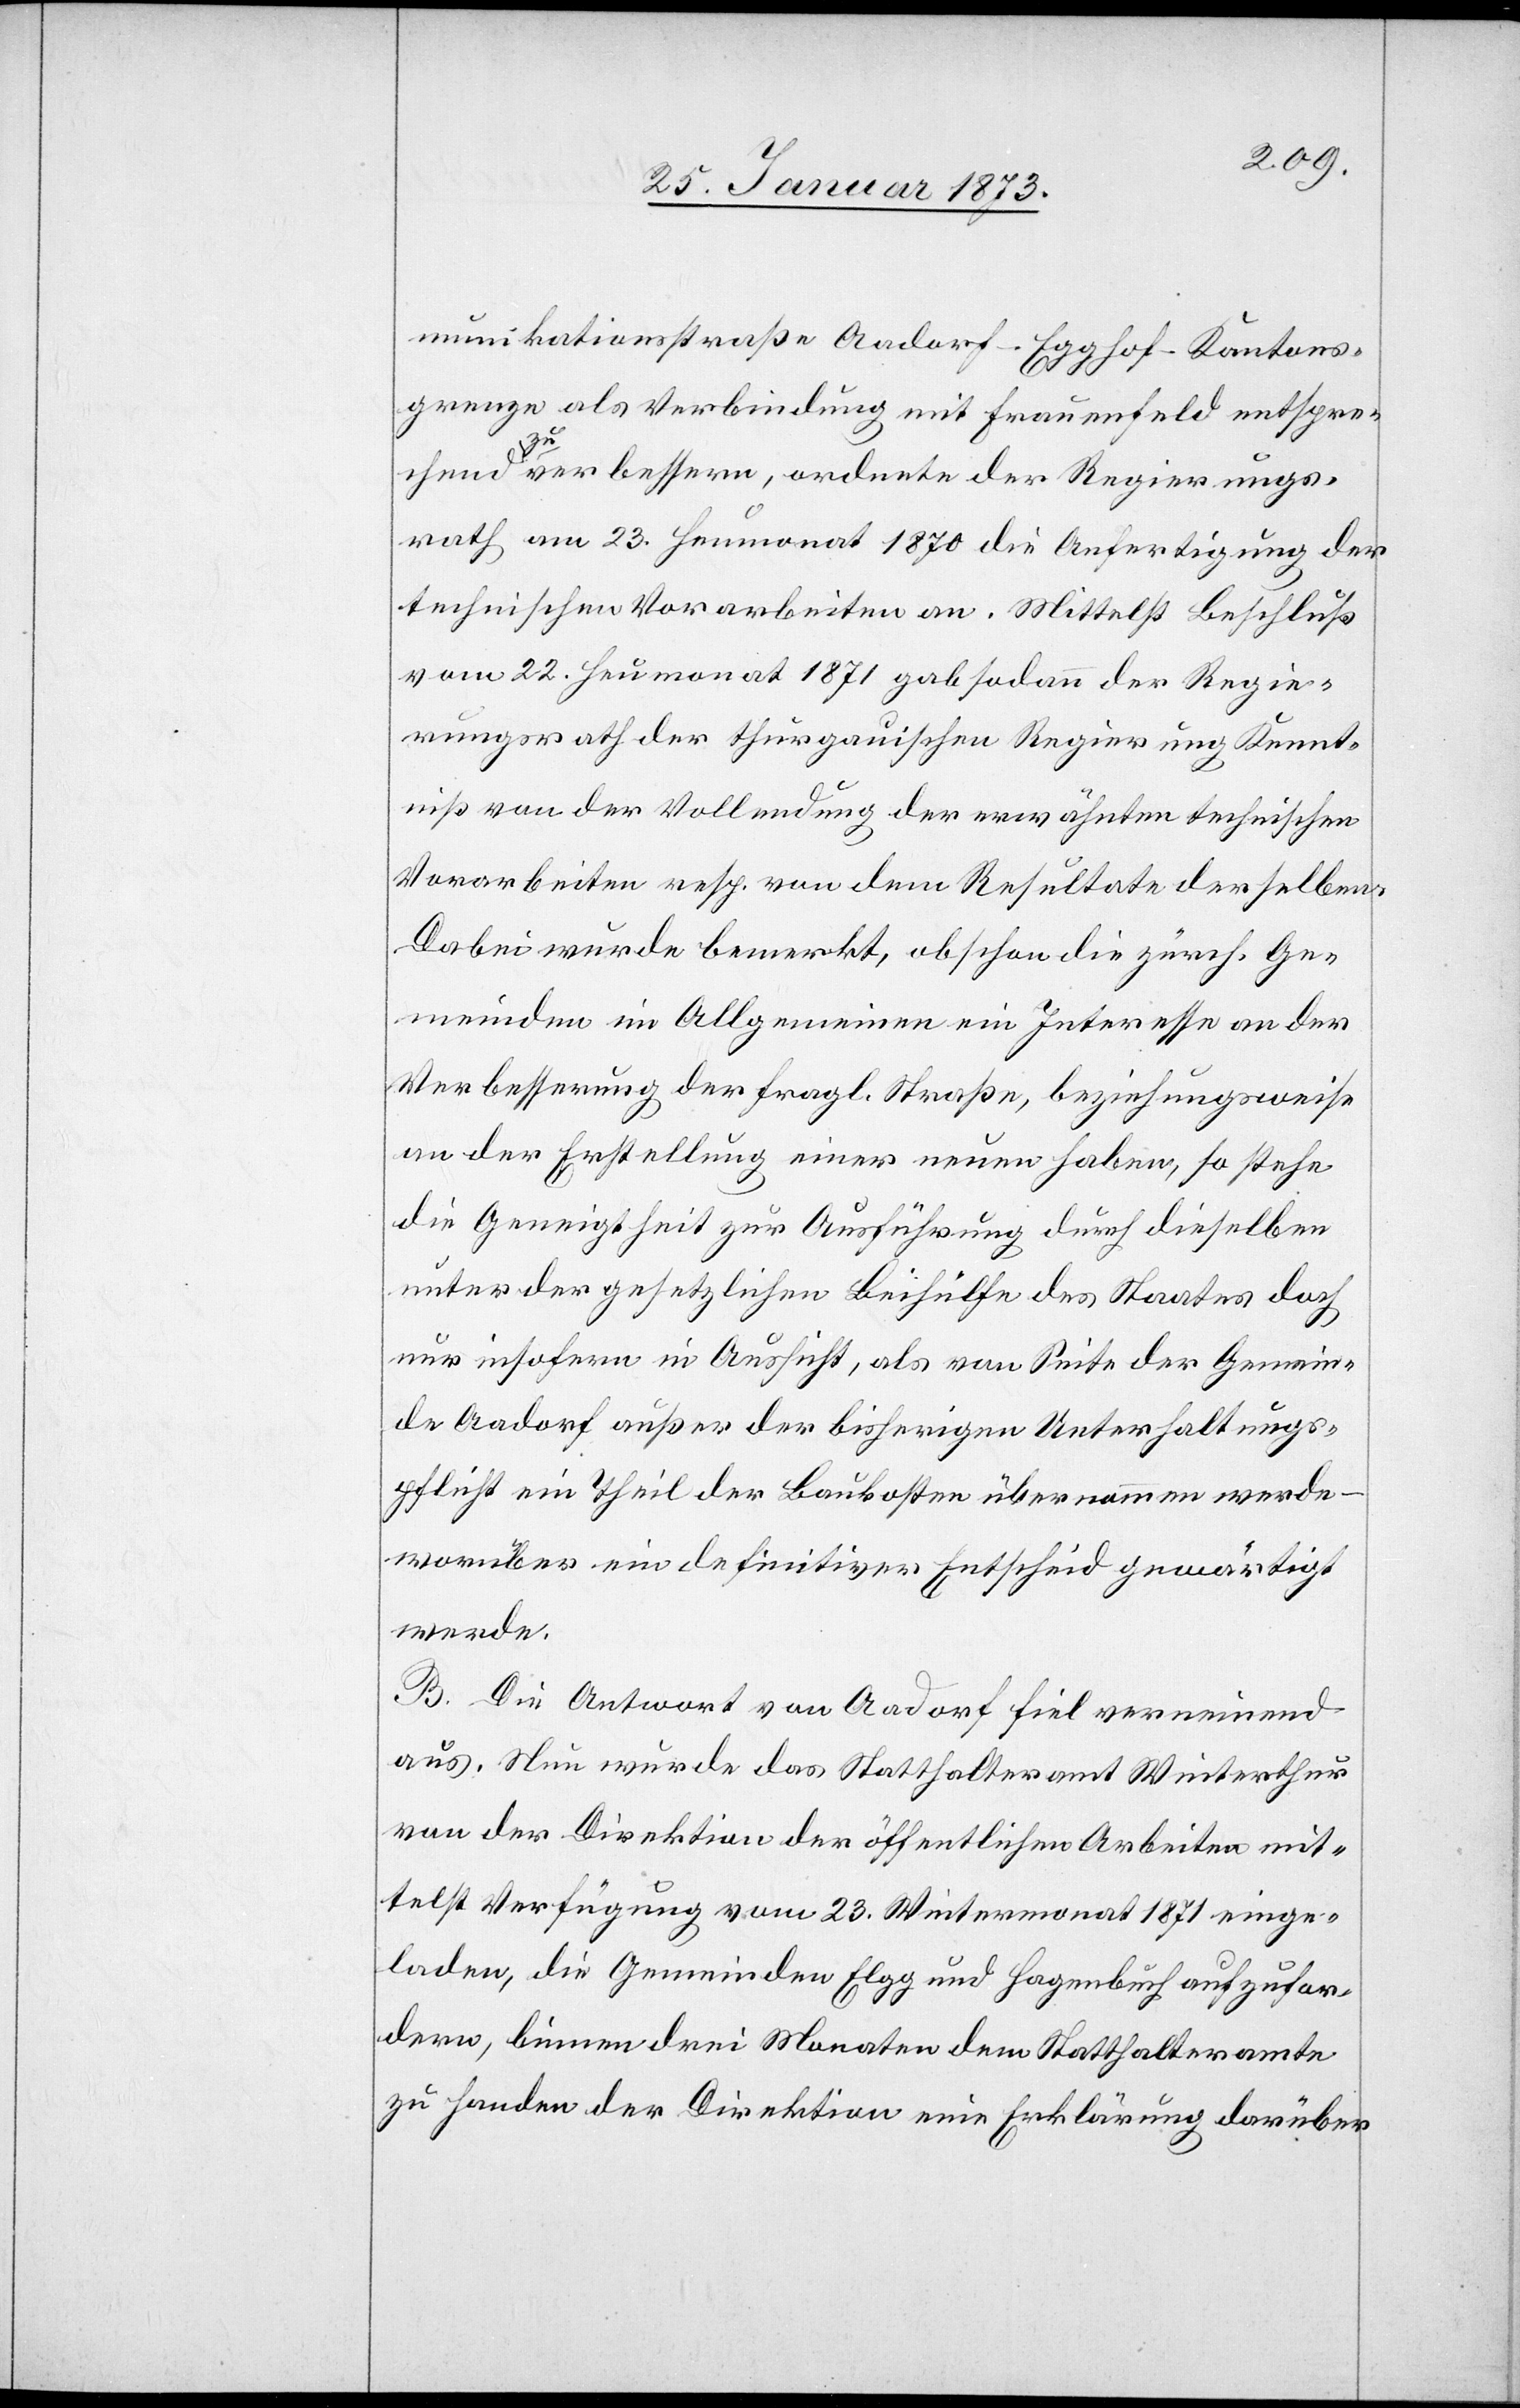
munikationsstraße Aadorf–Egghof–Kantons¬
grenze als Verbindung mit Frauenfeld entspre¬
chend zu verbessern, ordnete der Regierungs¬
rath am 23. Heumonat 1870 die Anfertigung der
technischen Vorarbeiten an. Mittelst Beschluß
vom 22. Heumonat 1871 gab sodann der Regie¬
rungsrath der thurgauischen Regierung Kennt¬
niß von der Vollendung der erwähnten technischen
Vorarbeiten resp. von dem Resultate derselben.
Dabei wurde bemerkt, obschon die zürch. Ge¬
meinden im Allgemeinen ein Interesse an der
Verbesserung der fragl. Straße, beziehungsweise
an der Erstellung einer neuen haben, so stehe
die Geneigtheit zur Ausführung durch dieselben
unter der gesetzlichen Beihülfe des Staates doch
nur insofern in Aussicht, als von Seite der Gemein¬
de Aadorf außer der bisherigen Unterhaltungs¬
pflicht ein Theil der Baukosten übernommen werde
worüber ein definitiver Entscheid gewärtigt
werde.
B. Die Antwort von Aadorf fiel verneinend
aus. Neu wurde das Statthalteramt Winterthur
von der Direktion der öffentlichen Arbeiten mit¬
telst Verfügung vom 23. Wintermonat 1871 einge¬
laden, die Gemeinde Elgg und Hagenbuch aufzufor¬
dern, binnen drei Monaten dem Statthalteramte
zu Handen der Direktion eine Erklärung darüber